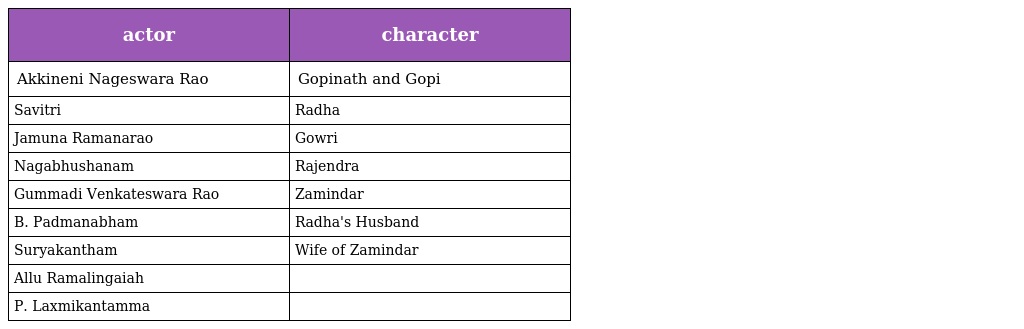
| actor | character |
 | --- | --- |
 | Akkineni Nageswara Rao | Gopinath and Gopi |
 | Savitri | Radha |
 | Jamuna Ramanarao | Gowri |
 | Nagabhushanam | Rajendra |
 | Gummadi Venkateswara Rao | Zamindar |
 | B. Padmanabham | Radha's Husband |
 | Suryakantham | Wife of Zamindar |
 | Allu Ramalingaiah |  |
 | P. Laxmikantamma |  |